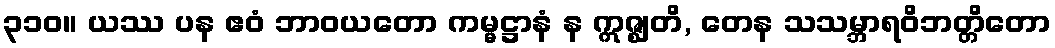
၃၁၀။ ယဿ ပန ဧဝံ ဘာဝယတော ကမ္မဋ္ဌာနံ န ဣဇ္ဈတိ, တေန သသမ္ဘာရဝိဘတ္တိတော